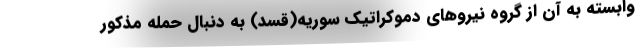
وابسته به آن از گروه نیروهای دموکراتیک سوریه(قسد) به دنبال حمله مذکور